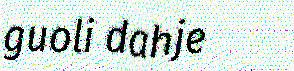
guoli dahje